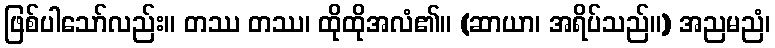
ဖြစ်ပါသော်လည်း။ တဿ တဿ၊ ထိုထိုအလံ၏။ (ဆာယာ၊ အရိပ်သည်။) အညမညံ၊